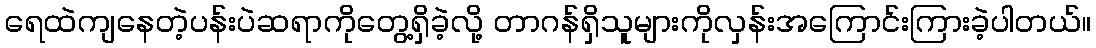
ရေထဲကျနေတဲ့ပန်းပဲဆရာကိုတွေ့ရှိခဲ့လို့ တာဂန်ရှိသူများကိုလှန်းအကြောင်းကြားခဲ့ပါတယ်။